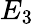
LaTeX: E_{3}